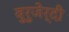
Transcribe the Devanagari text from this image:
बुरुजेर्दी